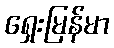
ရှေးမြန်မာ